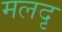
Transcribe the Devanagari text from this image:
मलदृ